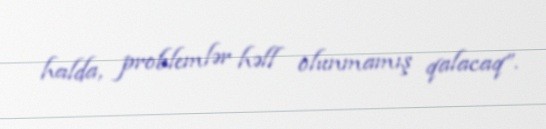
halda, problemlər həll olunmamış qalacaq”.